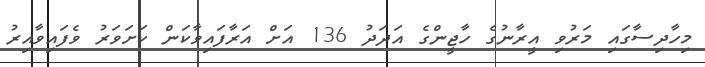
މިހާދިސާގައި މަރުވި އީރާނުގެ ހާޖީންގެ އަދަދު 136 އަށް އަރާފައިވާކަން ކަށަވަރު ވެފައިވާއިރު